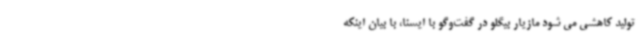
تولید کاهشی می شود مازیار بیگلو در گفت‌وگو با ایسنا، با بیان اینکه